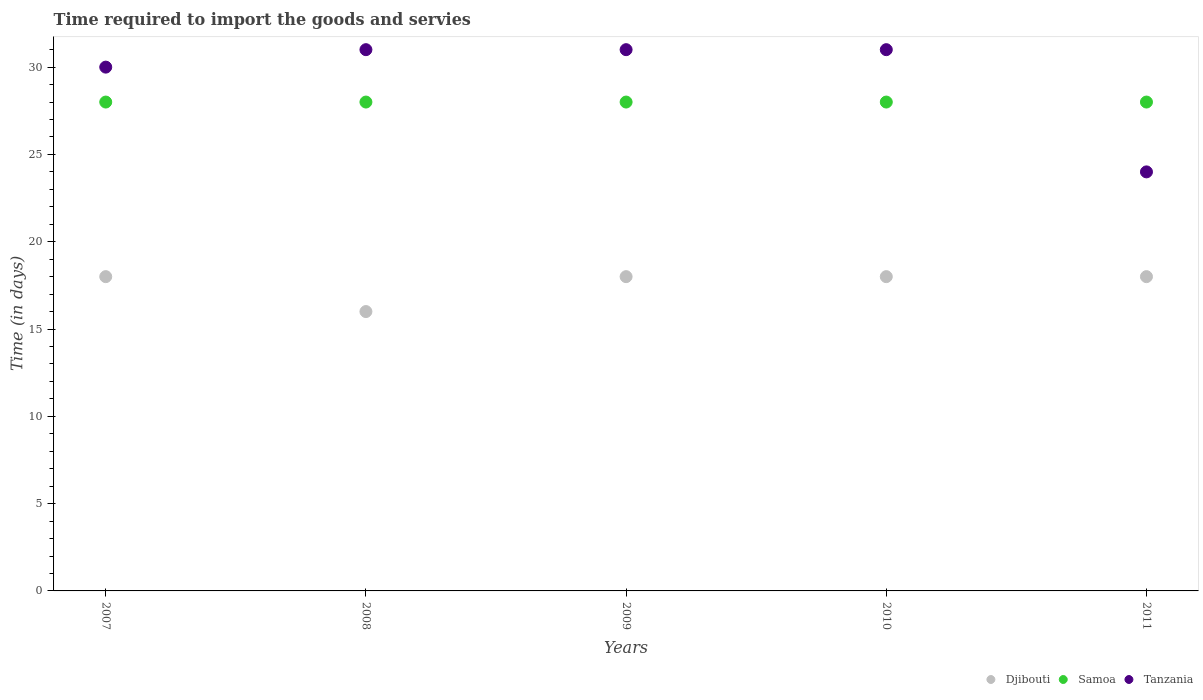
| Years | Djibouti | Samoa | Tanzania |
 | --- | --- | --- | --- |
 | 2007 | 18 | 28 | 30 |
 | 2008 | 16 | 28 | 31 |
 | 2009 | 18 | 28 | 31 |
 | 2010 | 18 | 28 | 31 |
 | 2011 | 18 | 28 | 24 |